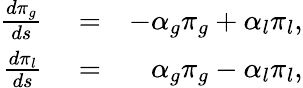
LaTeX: \begin{array}{rlr}{\frac{d\pi_{g}}{ds}}&{{}=}&{-\alpha_{g}\pi_{g}+\alpha_{l}\pi_{l},}\\ {\frac{d\pi_{l}}{ds}}&{{}=}&{\alpha_{g}\pi_{g}-\alpha_{l}\pi_{l},}\end{array}